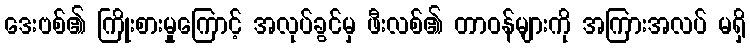
ဒေးဗစ်၏ ကြိုးစားမှုကြောင့် အလုပ်ခွင်မှ ဖီးလစ်၏ တာဝန်များကို အကြားအလပ် မရှိ